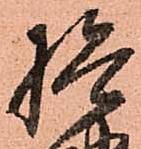
檢